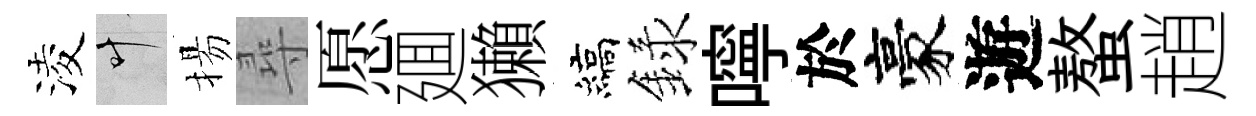
淩叶揚尋愿廽獺縞録嚀於豪遊螯趙